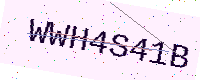
Text: WWH4S41B